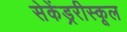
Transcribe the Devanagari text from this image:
सेकेंड्ररीस्कूल